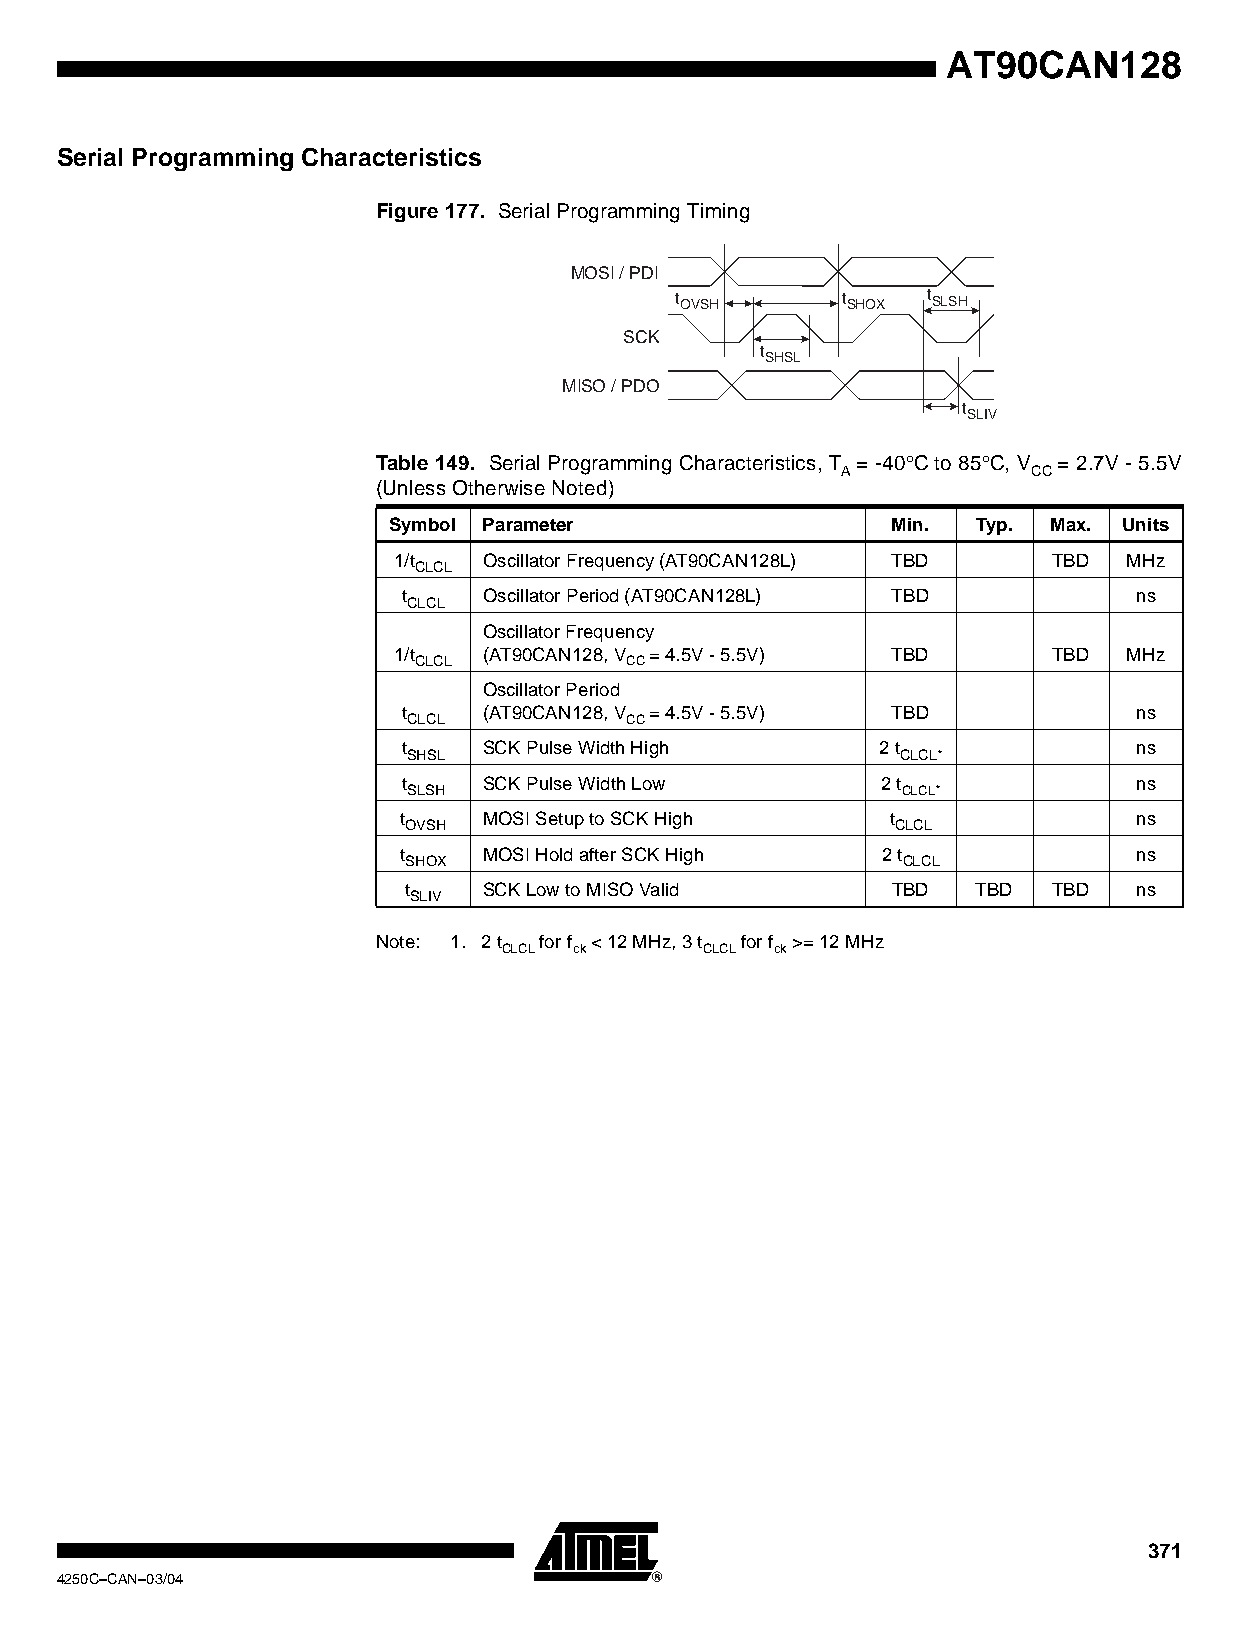
AT90CAN128
 Serial Programming Characteristics
 Figure 177. Serial Programming Timing
 MOSI / PDI
 t OVSH     t SHOX t SLSH
 SCK
 t
 SHSL
 MISO / PDO
 t
 SLIV
 Table 149. Serial Programming Characteristics, T = -40°C to 85°C, V = 2.7V - 5.5V
 A           CC
 (Unless Otherwise Noted)
 Symbol Parameter                 Min.  Typ. Max. Units
 1/t   Oscillator Frequency (AT90CAN128L) TBD TBD MHz
 CLCL
 t    Oscillator Period (AT90CAN128L) TBD        ns
 CLCL
 Oscillator Frequency
 1/t   (AT90CAN128, V = 4.5V - 5.5V) TBD     TBD  MHz
 CLCL          CC
 Oscillator Period
 t    (AT90CAN128, V = 4.5V - 5.5V) TBD          ns
 CLCL          CC
 t    SCK Pulse Width High      2 t              ns
 SHSL                             CLCL*
 t    SCK Pulse Width Low       2 t              ns
 SLSH                             CLCL*
 t     MOSI Setup to SCK High     t               ns
 OVSH                            CLCL
 t     MOSI Hold after SCK High  2 t              ns
 SHOX                             CLCL
 t    SCK Low to MISO Valid      TBD   TBD  TBD  ns
 SLIV
 Note: 1. 2 t for f < 12 MHz, 3 t for f >= 12 MHz
 CLCL ck       CLCL ck
 371
 4250C–CAN–03/04